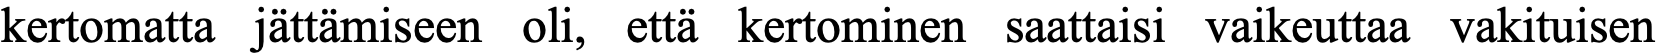
kertomatta jättämiseen oli, että kertominen saattaisi vaikeuttaa vakituisen